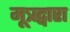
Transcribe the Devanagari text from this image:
मूत्रद्वारा